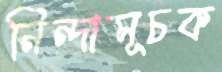
নিন্দাসূচক